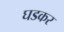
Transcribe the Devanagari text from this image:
घडकर